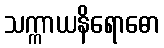
သက္ကာယနိရောဓော